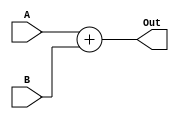
`timescale 1ns / 1ps
//////////////////////////////////////////////////////////////////////////////////
// Company: 
// Engineer: 
// 
// Design Name: 
// Module Name:    ADDER 
// Project Name: 	 Design ARM Architecture 	
// Target Devices: 
// Tool versions: 
// Description: 
//
// Dependencies: 
//
// Revision: 
// Revision 0.01 - File Created
// Additional Comments: 
//
//////////////////////////////////////////////////////////////////////////////////
module ADDER(
    input [63:0] A,
    input [63:0] B,
    output reg[63:0] Out
    );
	always @(A, B)	
		Out <= A + B;
endmodule